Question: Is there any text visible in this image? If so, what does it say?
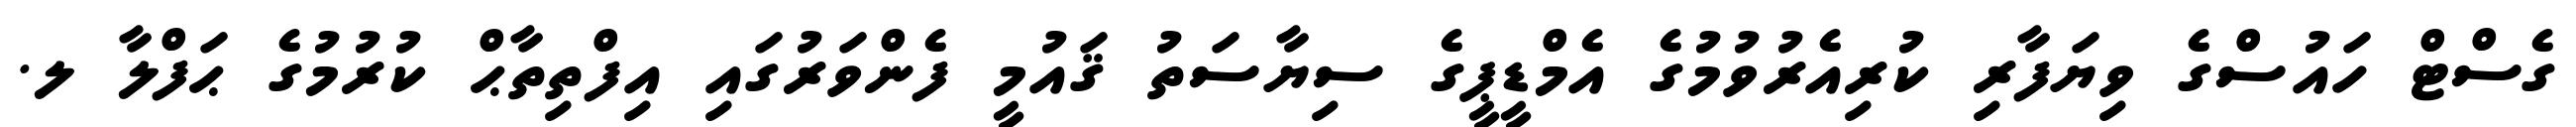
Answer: ގެސްޓް ހައުސްގެ ވިޔަފާރި ކުރިއެރުވުމުގެ އެމްޑީޕީގެ ސިޔާސަތު ޤައުމީ ފެންވަރުގައި އިފްތިތާޙް ކުރުމުގެ ޙަފްލާ ލ.